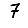
Digit: 7